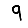
Digit: 9